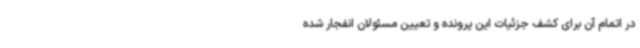
در اتمام آن برای کشف جزئیات این پرونده و تعیین مسئولان انفجار شده